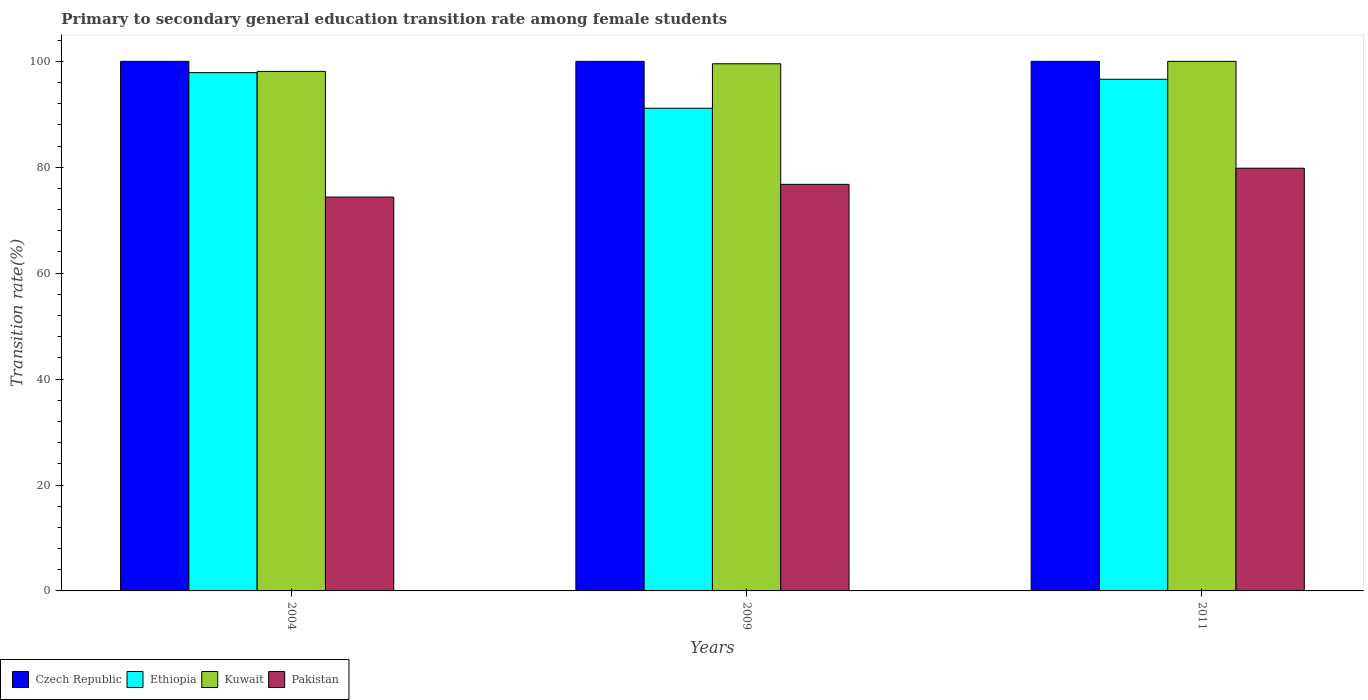
| Years | Czech Republic | Ethiopia | Kuwait | Pakistan |
 | --- | --- | --- | --- | --- |
 | 2004 | 100 | 97.9 | 98.1 | 74.4 |
 | 2009 | 100 | 91.1 | 99.5 | 76.8 |
 | 2011 | 100 | 96.6 | 100 | 79.8 |